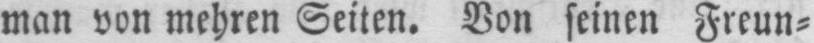
man von mehren Seiten. Von seinen Freun⸗